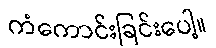
ကံကောင်းခြင်းပေါ့။